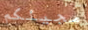
مجيئكم